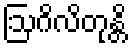
ဩဂိလိတုန္တိ